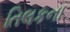
તિલકના